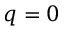
q = 0